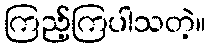
ကြည့်ကြပါသတဲ့။